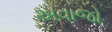
અવાજો